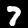
Label: 7